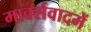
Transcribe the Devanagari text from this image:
मार्क्सवादमें